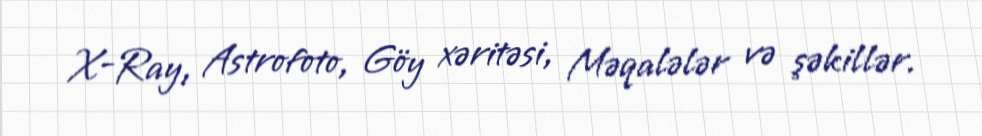
X-Ray, Astrofoto, Göy xəritəsi, Məqalələr və şəkillər.